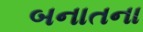
બનાતના